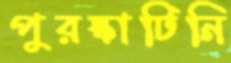
পুরস্কাটিনি